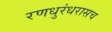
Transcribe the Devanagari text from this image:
रणधुरंधरासच